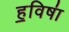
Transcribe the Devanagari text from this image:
ह॒विषा॑